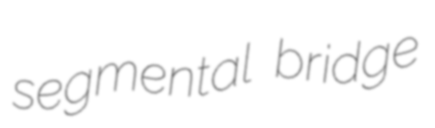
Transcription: segmental bridge